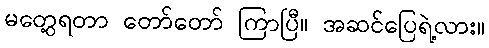
မတွေ့ရတာ တော်တော် ကြာပြီ။ အဆင်ပြေရဲ့လား။